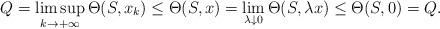
LaTeX: \begin{align*}Q=\limsup_{k\to+\infty}\Theta(S,x_k) \leq \Theta (S, x) = \lim_{\lambda \downarrow 0} \Theta (S, \lambda x) \leq \Theta(S,0) = Q.\end{align*}